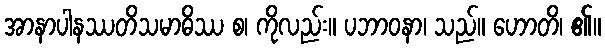
အာနာပါနဿတိသမာဓိဿ စ၊ ကိုလည်း။ ပဘာဝနာ၊ သည်။ ဟောတိ၊ ၏။